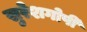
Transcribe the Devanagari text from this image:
सुरेशगोपी